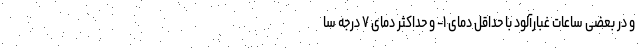
و در بعضی ساعات غبارآلود با حداقل دمای ۱- و حداکثر دمای ۷ درجه سا